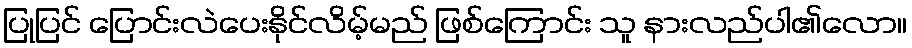
ပြုပြင် ပြောင်းလဲပေးနိုင်လိမ့်မည် ဖြစ်ကြောင်း သူ နားလည်ပါ၏လော။